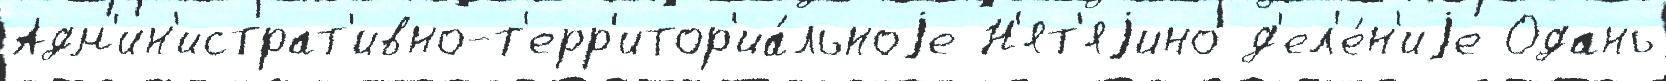
Адм'ин'истрат'ивно-т'ерр'итор'иа́льноjе Н'ят'яjино д'ел'е́н'иjе Одань